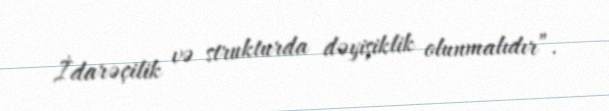
İdarəçilik və strukturda dəyişiklik olunmalıdır”.